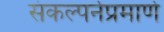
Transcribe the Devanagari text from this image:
संकल्पनेप्रमाणे